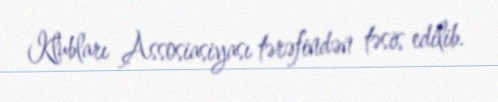
Klubları Assosiasiyası tərəfindən təsis edilib.